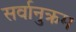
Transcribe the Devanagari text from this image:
सर्वानुक्रम